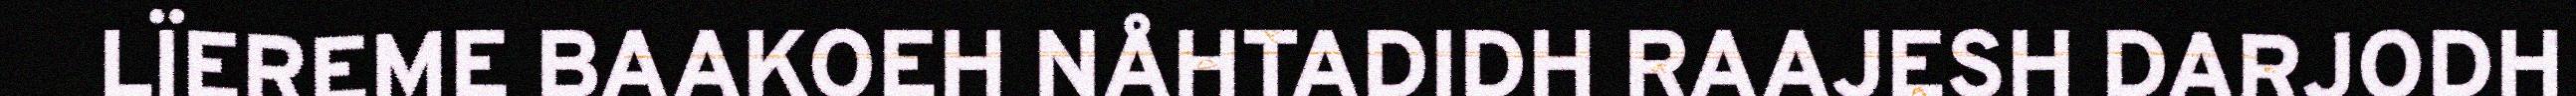
LÏEREME BAAKOEH NÅHTADIDH RAAJESH DARJODH